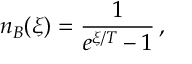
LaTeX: n _ { B } ( \xi ) = \frac { 1 } { e ^ { \xi / T } - 1 } \, ,